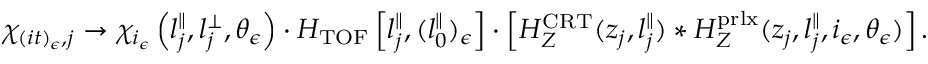
\begin{array} { r } { \chi _ { ( i t ) _ { \epsilon } , j } \rightarrow \chi _ { i _ { \epsilon } } \left( l _ { j } ^ { \parallel } , l _ { j } ^ { \perp } , \theta _ { \epsilon } \right) \cdot H _ { \mathrm { T O F } } \left[ l _ { j } ^ { \parallel } , ( l _ { 0 } ^ { \parallel } ) _ { \epsilon } \right] \cdot \left[ H _ { Z } ^ { \mathrm { C R T } } ( z _ { j } , l _ { j } ^ { \parallel } ) * H _ { Z } ^ { \mathrm { p r l x } } ( z _ { j } , l _ { j } ^ { \parallel } , i _ { \epsilon } , \theta _ { \epsilon } ) \right] . } \end{array}